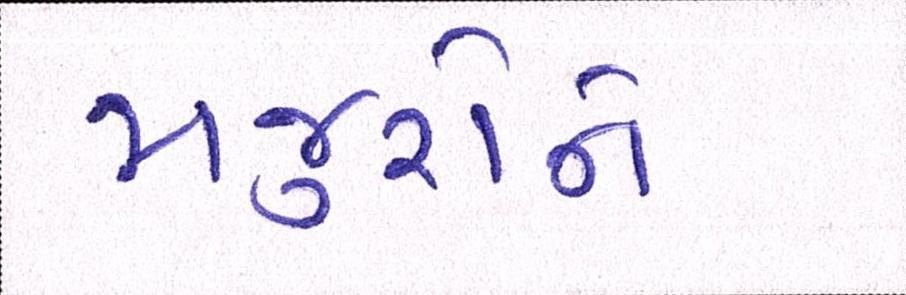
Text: મજુરોને